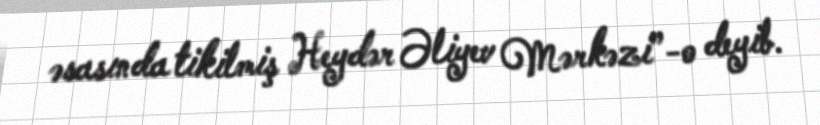
əsasında tikilmiş Heydər Əliyev Mərkəzi”-o deyib.